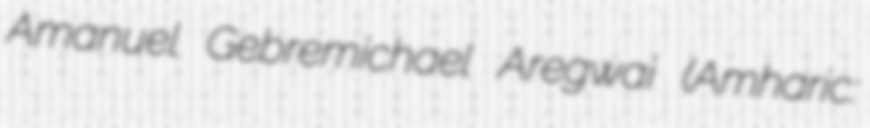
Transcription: Amanuel Gebremichael Aregwai (Amharic: